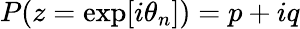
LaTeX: P(z=\exp[i\theta_{n}])=p+iq